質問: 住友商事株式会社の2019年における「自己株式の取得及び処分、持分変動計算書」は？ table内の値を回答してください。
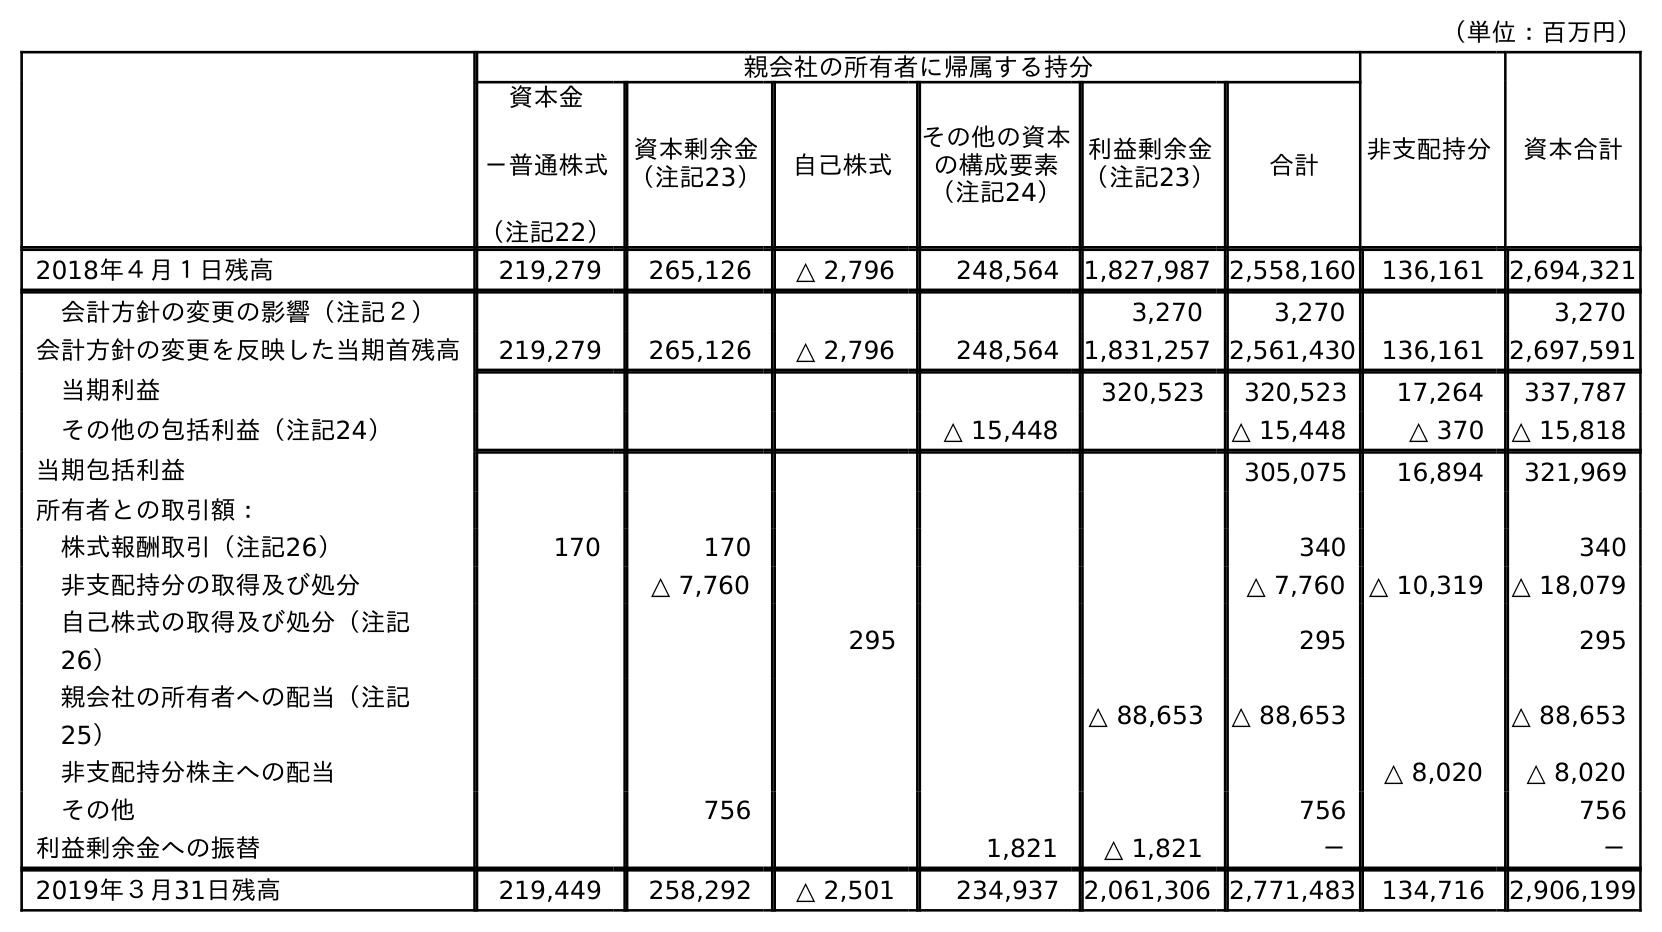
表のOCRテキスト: （単位：百万円） 親会社の所有者に帰属する持分 非支配持分 資本合計 資本金 －普通株式 （注記22） 資本剰余金 （注記23） 自己株式 その他の資本 の構成要素 （注記24） 利益剰余金 （注記23） 合計 2018年４月１日残高 219,279 265,126 △ 2,796 248,564 1,827,987 2,558,160 136,161 2,694,321 会計方針の変更の影響（注記２） 3,270 3,270 3,270 会計方針の変更を反映した当期首残高 219,279 265,126 △ 2,796 248,564 1,831,257 2,561,430 136,161 2,697,591 当期利益 320,523 320,523 17,264 337,787 その他の包括利益（注記24） △ 15,448 △ 15,448 △ 370 △ 15,818 当期包括利益 305,075 16,894 321,969 所有者との取引額： 株式報酬取引（注記26） 170 170 340 340 非支配持分の取得及び処分 △ 7,760 △ 7,760 △ 10,319 △ 18,079 自己株式の取得及び処分（注記 26） 295 295 295 親会社の所有者への配当（注記 25） △ 88,653 △ 88,653 △ 88,653 非支配持分株主への配当 △ 8,020 △ 8,020 その他 756 756 756 利益剰余金への振替 1,821 △ 1,821 － － 2019年３月31日残高 219,449 258,292 △ 2,501 234,937 2,061,306 2,771,483 134,716 2,906,199
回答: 295